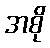
အစို